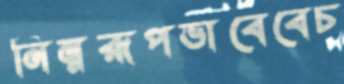
নিম্নরূপভাবেবেচ